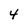
Character: 4